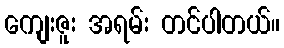
ကျေးဇူး အရမ်း တင်ပါတယ်။